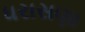
ધરાસણા